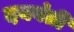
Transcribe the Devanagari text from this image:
दयवंती